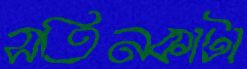
সতিনকাটা